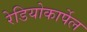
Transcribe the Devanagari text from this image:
रेडियोकार्पेल